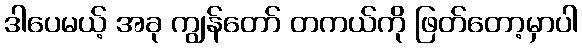
ဒါပေမယ့် အခု ကျွန်တော် တကယ်ကို ဖြတ်တော့မှာပါ